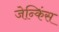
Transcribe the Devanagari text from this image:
जेन्किंस